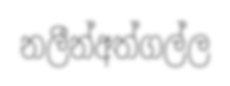
නලීන්අත්ගල්ල